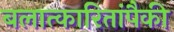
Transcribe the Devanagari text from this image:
बलात्‍कारितांपैकी